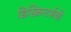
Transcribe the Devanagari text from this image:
डिस्क्रिप्टर्सची